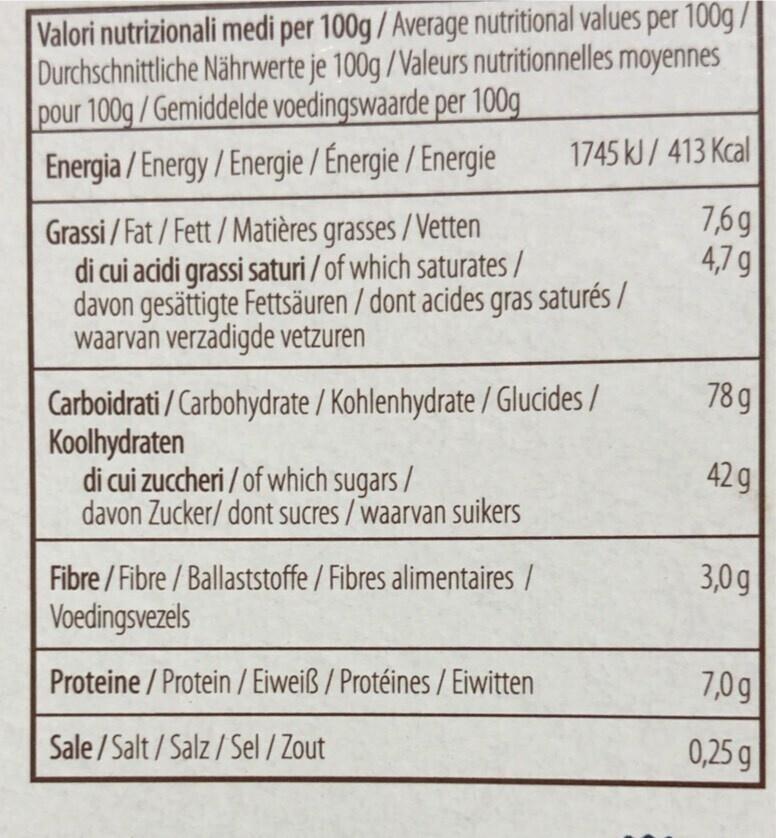
Valori nutrizionali medi per 100g / Average nutritional values per 100g/ Durchschnittliche Nährwerte je 100g / Valeurs nutritionnelles moyennes pour 100g/Gemiddelde voedingswaarde per 100g
Energia/Energy/Energie
/ Énergie / Energie
1745 kJ/ 413 Kcal
7,6g
4,7 g
Grassi/Fat/Fett/Matières
grasses/Vetten
di cui acidi grassi saturi / of which saturates / davon gesättigte Fettsäuren / dont acides gras saturés / waarvan verzadigde vetzuren
Carboidrati/Carbohydrate / Kohlenhydrate / Glucides/ Koolhydraten
di cui zuccheri / of which sugars/ davon Zucker/ dont sucres / waarvan suikers
Fibre/Fibre/Ballaststoffe / Fibres alimentaires / Voedingsvezels
Proteine/Protein / Eiweiß / Protéines / Eiwitten
Sale/Salt/Salz/Sel / Zout
78 g
42 g
3,0g
7,0g
0,25 g